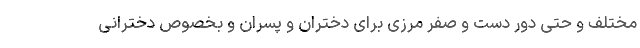
مختلف و حتی دور دست و صفر مرزی برای دختران و پسران و بخصوص دخترانی